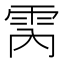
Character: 𮦈